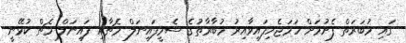
ގައި މުބަރަތް ފެށުމަށް ހަމަޖެހިފައިވާއިރު މުބާރާތުގެ ސެމީފައިނަލް މެޗާއި ފައިނަލް މެޗް ކުޅޭނީ